Indian journal of veterinary science and animal husbandry - Volumes 18-21, 1948-1951
Year: 1948
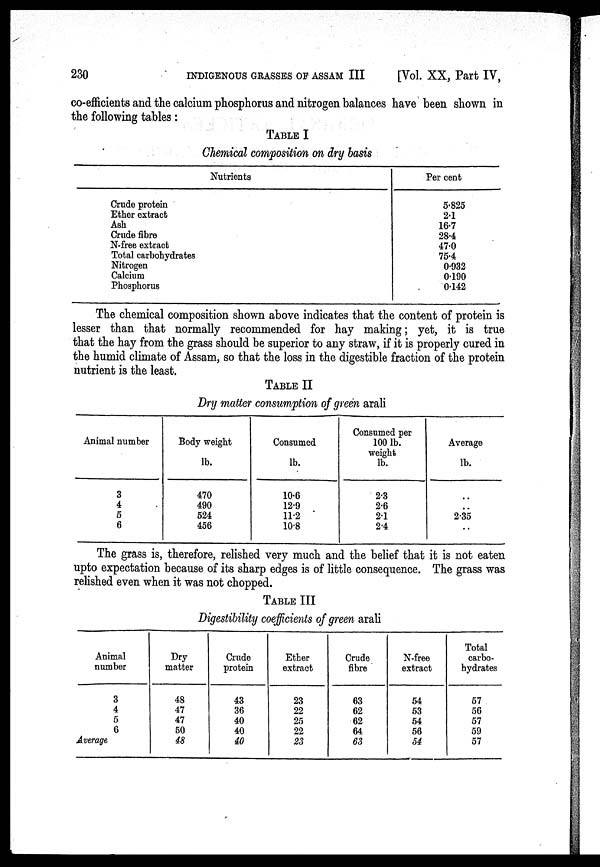
230 INDIGENOUS GRASSES OF ASSAM III
[Vol. XX, Part IV,
co-efficients and the calcium phosphorus and nitrogen balances have been shown in
the following tables :
TABLE I
Chemical composition on dry basis
Nutrients
Crude protein
Ether extract
Ash
Crude fibre
N-free extract
Total carbohydrates
Nitrogen
Calcium
Phosphorus
Per cent
5.825
2.1
16.7
28.4
47.0
75.4
0.932
0.190
0.142
The chemical composition shown above indicates that the content of protein is
lesser than that normally recommended for hay making ; yet, it is true
that the hay from the grass should be superior to any straw, if it is properly cured in
the humid climate of Assam, so that the loss in the digestible fraction of the protein
nutrient is the least.
TABLE II
Dry matter consumption of green arali
Animal number
3
4
5
6
Body weight
lb.
470
490
524
456
Consumed
lb.
10.6
12.9
11.2
10.8
Consumed per
100 lb.
weight
lb.
2.3
2.6
2.1
2.4
Average
lb.
..
..
2.35
..
The grass is, therefore, relished very much and the belief that it is not eaten
upto expectation because of its sharp edges is of little consequence. The grass was
relished even when it was not chopped.
TABLE III
Digestibility coefficients of green arali
Animal
number
3
4
5
6
Average
Dry
matter
48
47
47
50
48
Crude
protein
43
36
40
40
40
Ether
extract
23
22
25
22
23
Crude
fibre
63
62
62
64
63
N-free
extract
54
53
54
56
54
Total
carbo-
hydrates
57
56
57
59
57